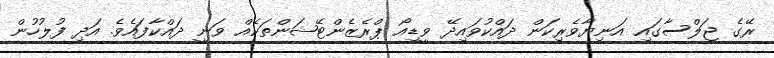
ރޭގެ ޖަލްސާގައި އަނިޔާވެރިކަން ދައްކުވައިދޭ ވީޑިއޯ ޕްރެޒެންޓޭޝަންތަކެއް ވަނީ ދައްކާފައެވެ. އަދި ފުލުހުން